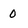
Character: 0